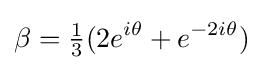
\beta ={\tfrac {1}{3}}(2e^{i\theta }+e^{-2i\theta })